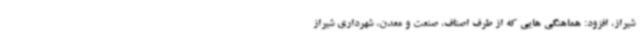
شیراز، افزود: هماهنگی هایی که از طرف اصناف، صنعت و معدن، شهرداری شیراز